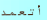
أتعمد